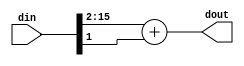
module ShiftWithRound2 #(
  parameter BITWIDTH=16
)(
  input wire [BITWIDTH-1:0] din,
  output wire [BITWIDTH-3:0] dout
);
  wire [BITWIDTH-3:0] shifted_value = din[BITWIDTH-1:2];
  wire [BITWIDTH-3:0] rounding = {{(BITWIDTH-3){1'b0}}, din[1]};
  assign dout = shifted_value + rounding;
endmodule

module ShiftWithRound3 #(
  parameter BITWIDTH=16
)(
  input wire [BITWIDTH-1:0] din,
  output wire [BITWIDTH-4:0] dout
);
  wire [BITWIDTH-3:0] shifted_value = din[BITWIDTH-1:3];
  wire [BITWIDTH-3:0] rounding = {{(BITWIDTH-4){1'b0}}, din[2]};
  assign dout = shifted_value + rounding;
endmodule

module ShiftWithRound6 #(
  parameter BITWIDTH=16
)(
  input wire [BITWIDTH-1:0] din,
  output wire [BITWIDTH-7:0] dout
);
  wire [BITWIDTH-7:0] shifted_value = din[BITWIDTH-1:6];
  wire [BITWIDTH-7:0] rounding = {{(BITWIDTH-7){1'b0}}, din[5]};
  assign dout = shifted_value + rounding;
endmodule

module ShiftWithRound8 #(
  parameter BITWIDTH=16
)(
  input wire [BITWIDTH-1:0] din,
  output wire [BITWIDTH-9:0] dout
);
  wire [BITWIDTH-9:0] shifted_value = din[BITWIDTH-1:8];
  wire [BITWIDTH-9:0] rounding = {{(BITWIDTH-9){1'b0}}, din[7]};
  assign dout = shifted_value + rounding; // ignore overflow
endmodule

module ShiftWithRound10 #(
  parameter BITWIDTH=16
)(
  input wire [BITWIDTH-1:0] din,
  output wire [BITWIDTH-11:0] dout
);
  wire [BITWIDTH-11:0] shifted_value = din[BITWIDTH-1:10];
  wire [BITWIDTH-11:0] rounding = {{(BITWIDTH-11){1'b0}}, din[9]};
  assign dout = shifted_value + rounding;
endmodule

module ShiftWithRound16 #(
  parameter BITWIDTH=32
)(
  input wire [BITWIDTH-1:0] din,
  output wire [BITWIDTH-1:0] dout
);
  wire [BITWIDTH-17:0] shifted_value = din[BITWIDTH-1:16];
  wire [BITWIDTH-17:0] rounding = {{(BITWIDTH-17){1'b0}}, din[15]};
endmodule

module SignedSaturate #(
	parameter IN_WIDTH=14,
	parameter OUT_WIDTH=10
)(
	input wire [IN_WIDTH-1:0] din,
	output wire [OUT_WIDTH-1:0] dout
);
	assign dout = (&din[IN_WIDTH-1:OUT_WIDTH]) | ~(|din[IN_WIDTH-1:OUT_WIDTH]) ? 
		din[OUT_WIDTH-1:0] : 
		{din[IN_WIDTH-1], {(OUT_WIDTH-1){~din[IN_WIDTH-1]}}};
endmodule

module UnsignedSaturate #(
	parameter IN_WIDTH=14,
	parameter OUT_WIDTH=10
)(
	input wire [IN_WIDTH-1:0] din,
	output wire [OUT_WIDTH-1:0] dout
);
	assign dout = ~(|din[IN_WIDTH-1:OUT_WIDTH]) ? 
		din[OUT_WIDTH-1:0] :
		{(OUT_WIDTH){1'b0}};
endmodule

module UnsignedShiftRound #(
	parameter DWIDTH=16,
	parameter SHIFT=6
)(
	input wire [DWIDTH-1:0] din,
	output wire [DWIDTH-SHIFT-1:0] dout
);
	wire [DWIDTH-SHIFT:0] temp = {1'b0, din[DWIDTH-1:SHIFT]} + {{(DWIDTH-SHIFT){1'b0}}, din[SHIFT-1]};
	assign dout = temp[DWIDTH-SHIFT] ? {(DWIDTH-SHIFT){1'b1}} : temp[DWIDTH-SHIFT-1:0];

endmodule

module SignedRoundSaturate #(
  parameter IN_WLEN=16,
  parameter OUT_WLEN=12,
  parameter IN_FLEN=4
)(
  input wire [IN_WLEN-1:0] din,
  output wire [OUT_WLEN-1:0] dout
);
  // first apply rounding then saturation
  // rounding: IN_WLEN-bit -> (IN_WLEN-IN_FLEN)-bit
  // saturation: (IN_WLEN-IN_FLEN) -> (OUT_WLEN)
  localparam CLIP_LEN = (IN_WLEN-IN_FLEN)-OUT_WLEN;
  generate
    if (CLIP_LEN < 0) begin
      Raise InvalidParameterError();
    end
  endgenerate

  wire rounding;
  wire [IN_WLEN-IN_FLEN:0] y_round;
  generate
  if (IN_FLEN == 0) begin
    assign rounding = 1'b0;
    assign y_round = {din[IN_WLEN-1], din[IN_WLEN-1:IN_FLEN]};
  end
  else if (IN_FLEN == 1) begin
    assign rounding = (din[IN_FLEN] & din[IN_FLEN-1]);
    assign y_round = {din[IN_WLEN-1], din[IN_WLEN-1:IN_FLEN]} + {{(IN_WLEN-IN_FLEN-1){1'b0}}, rounding};
  end
  else begin
    assign rounding = (din[IN_FLEN] & din[IN_FLEN-1] & ~(|din[IN_FLEN-2:0])) | (din[IN_FLEN-1] & (|din[IN_FLEN-2:0]));
    assign y_round = {din[IN_WLEN-1], din[IN_WLEN-1:IN_FLEN]} + {{(IN_WLEN-IN_FLEN-1){1'b0}}, rounding};
  end
  endgenerate

  SignedSaturate #(IN_WLEN-IN_FLEN+1, OUT_WLEN) CLIP (y_round, dout);
endmodule

module UnsignedRoundSaturate #(
  parameter IN_WLEN=16,
  parameter OUT_WLEN=12,
  parameter IN_FLEN=4
)(
  input wire [IN_WLEN-1:0] din,
  output wire [OUT_WLEN-1:0] dout
);
  // first apply rounding then saturation
  // rounding: IN_WLEN-bit -> (IN_WLEN-IN_FLEN)-bit
  // saturation: (IN_WLEN-IN_FLEN) -> (OUT_WLEN)
  localparam CLIP_LEN = (IN_WLEN-IN_FLEN)-OUT_WLEN;
  generate
    if (CLIP_LEN < 0) begin
      Raise InvalidParameterError();
    end
  endgenerate

  wire rounding;
  wire [IN_WLEN-IN_FLEN:0] y_round;
  generate
  if (IN_FLEN == 0) begin
    assign rounding = 1'b0;
    assign y_round = {1'b0, din[IN_WLEN-1:IN_FLEN]};
  end
  else if (IN_FLEN == 1) begin
    assign rounding = (din[IN_FLEN] & din[IN_FLEN-1]);
    assign y_round = {1'b0, din[IN_WLEN-1:IN_FLEN]} + {{(IN_WLEN-IN_FLEN-1){1'b0}}, rounding};
  end
  else begin
    assign rounding = (din[IN_FLEN] & din[IN_FLEN-1] & ~(|din[IN_FLEN-2:0])) | (din[IN_FLEN-1] & (|din[IN_FLEN-2:0]));
    assign y_round = {1'b0, din[IN_WLEN-1:IN_FLEN]} + {{(IN_WLEN-IN_FLEN-1){1'b0}}, rounding};
  end
  endgenerate

  assign dout = (|y_round[IN_WLEN-IN_FLEN:OUT_WLEN]) ? {(OUT_WLEN){1'b1}} : y_round[OUT_WLEN-1:0];
endmodule